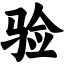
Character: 验